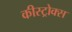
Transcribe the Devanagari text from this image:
कीस्ट्रोक्स